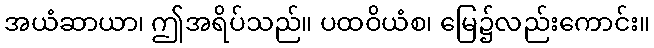
အယံဆာယာ၊ ဤအရိပ်သည်။ ပထဝိယံစ၊ မြေ၌လည်းကောင်း။